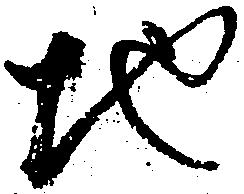
地